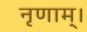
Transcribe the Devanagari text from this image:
नृणाम्‌।